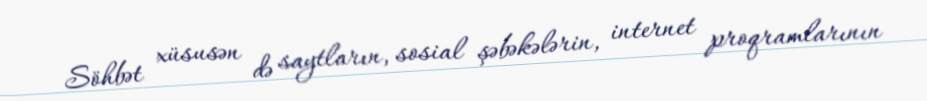
Söhbət xüsusən də saytların, sosial şəbəkələrin, internet proqramlarının